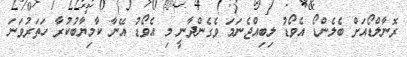
ރޮނާލްޑޯއަށް ބެލެންޑޯ އެވޯޑު ލިބިއްޖެނަމަ ވެގެންދާނީ މި އެވޯޑު އޭނާ ކާމިޔާބުކުރާ ހަތަރުވަނަ